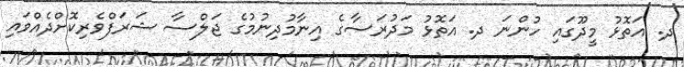
ދ. އަތޮޅު މީދޫގައި ހުންނަ ދ. އަތޮޅު މަދުރަސާގެ އިނާމުދިނުމުގެ ޖަލްސާ ޝަރަފްވެރިކޮށްދެއްވައި